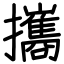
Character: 攜